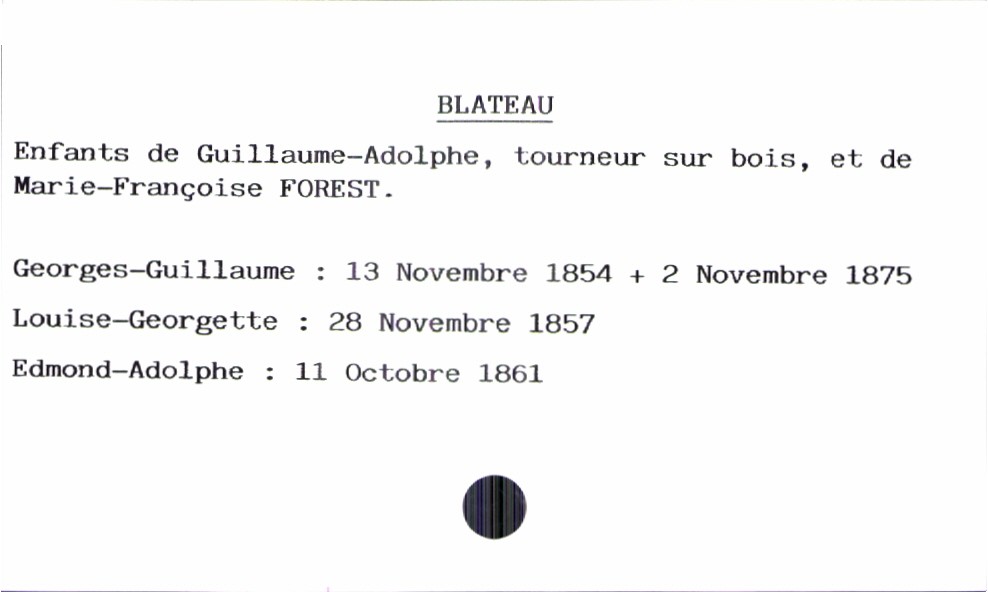
type_acte: Baptême
filiation: fils
enfant_prénom: Edmond-Adolphe
enfant_date_de_naissance: 11 octobre 1861
enfant_date_de_décès: 2 novembre 1875
père_enfant_nom: Blateau
père_enfant_prénom: Guillaume-Adolphe
père_enfant_profession: tourneur sur bois
mère_enfant_nom: Forest
mère_enfant_prénom: Marie-Françoise